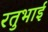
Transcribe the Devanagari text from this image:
रतुभाई